Report on the working of the mental hospitals for Indians in Bihar and Orissa - 1925-1929
Year: 1925
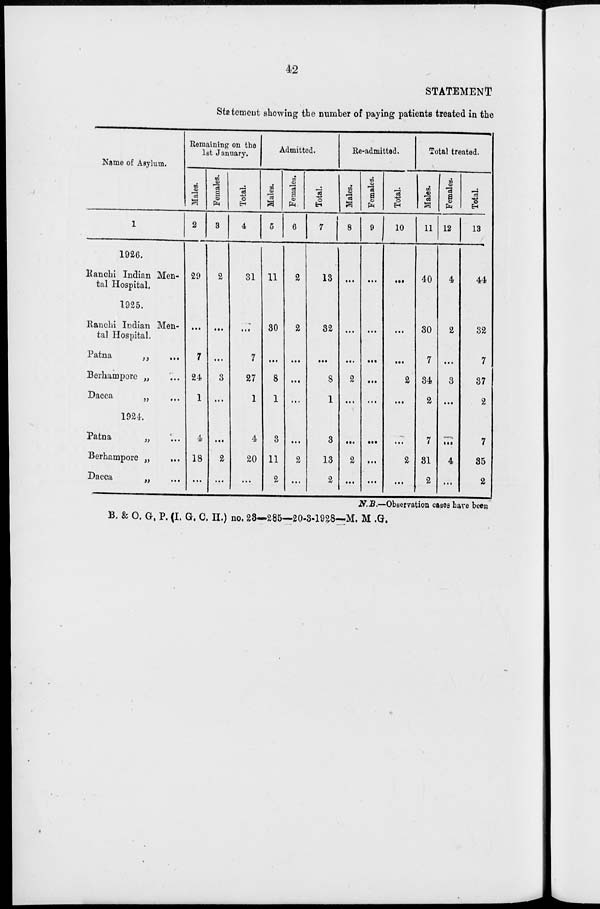
42
STATEMENT
Statement showing the number of paying patients treated in the
Name of Asylum.
1
1926.
Ranchi Indian Men-
tal Hospital.
1925.
Ranchi Indian Men-
tal Hospital.
Patna
„
...
Berhampore „ ...
Dacca
„ ...
1924.
Patna
„ ...
Berhampore „
...
Dacca
„ ...
Remaining on the
1st January.
Males.
2
29
...
7
24
1
4
18
...
Females.
3
2
...
...
3
...
...
2
...
Total.
4
31
...
7
27
1
4
20
...
Admitted.
Males.
5
11
30
...
8
1
3
11
2
Females.
6
2
2
...
...
...
...
2
...
Total.
7
13
32
...
8
1
3
13
2
Re-admitted.
Males.
8
...
...
...
2
...
...
2
...
Females.
9
...
...
...
...
...
...
...
...
Total.
10
...
...
...
2
...
...
2
...
Total treated.
Males.
11
40
30
7
34
2
7
31
2
Females.
12
4
2
...
3
...
...
4
...
Total.
13
44
32
7
37
2
7
35
2
N. B.—Observation cases have been
B. & O. G. P. (I. G. C. H.) no. 23—285—20-3-1928—M. M. G.